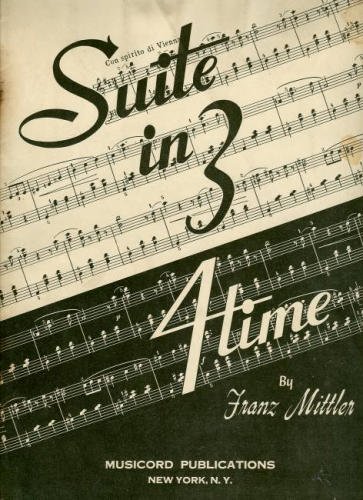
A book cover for Suite in 3/4 Time; Franz Mittler; Crafts, Hobbies & Home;